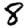
Digit: 8